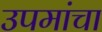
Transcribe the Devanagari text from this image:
उपमांचा